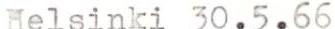
Helsinki 30.5.66